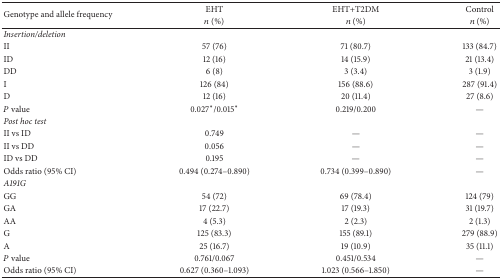
<table><thead><tr><td rowspan="2"><b>Genotype and allele frequency</b></td><td><b>EHT</b></td><td><b>EHT+T2DM</b></td><td><b>Control</b></td></tr><tr><td><b><i>n</i> (%)</b></td><td><b><i>n</i> (%)</b></td><td><b><i>n</i> (%)</b></td></tr></thead><tbody><tr><td><i>Insertion/deletion</i></td><td> </td><td> </td><td> </td></tr><tr><td>II</td><td>57 (76)</td><td>71 (80.7)</td><td>133 (84.7)</td></tr><tr><td>ID</td><td>12 (16)</td><td>14 (15.9)</td><td>21 (13.4)</td></tr><tr><td>DD</td><td>6 (8)</td><td>3 (3.4)</td><td>3 (1.9)</td></tr><tr><td>I</td><td>126 (84)</td><td>156 (88.6)</td><td>287 (91.4)</td></tr><tr><td>D</td><td>12 (16)</td><td>20 (11.4)</td><td>27 (8.6)</td></tr><tr><td><i>P</i> value </td><td>0.027<sup><i>∗</i></sup>/0.015<sup><i>∗</i></sup></td><td>0.219/0.200</td><td>—</td></tr><tr><td><i>Post hoc test</i></td><td> </td><td> </td><td> </td></tr><tr><td>II vs ID</td><td>0.749</td><td>—</td><td>—</td></tr><tr><td>II vs DD</td><td>0.056</td><td>—</td><td>—</td></tr><tr><td>ID vs DD</td><td>0.195</td><td>—</td><td>—</td></tr><tr><td>Odds ratio (95% CI)</td><td>0.494 (0.274–0.890)</td><td>0.734 (0.399–0.890)</td><td>—</td></tr><tr><td><i>A191G</i></td><td> </td><td> </td><td> </td></tr><tr><td>GG</td><td>54 (72)</td><td>69 (78.4)</td><td>124 (79)</td></tr><tr><td>GA</td><td>17 (22.7)</td><td>17 (19.3)</td><td>31 (19.7)</td></tr><tr><td>AA</td><td>4 (5.3)</td><td>2 (2.3)</td><td>2 (1.3)</td></tr><tr><td>G</td><td>125 (83.3)</td><td>155 (89.1)</td><td>279 (88.9)</td></tr><tr><td>A</td><td>25 (16.7)</td><td>19 (10.9)</td><td>35 (11.1)</td></tr><tr><td><i>P</i> value</td><td>0.761/0.067</td><td>0.451/0.534</td><td>—</td></tr><tr><td>Odds ratio (95% CI)</td><td>0.627 (0.360–1.093)</td><td>1.023 (0.566–1.850)</td><td>—</td></tr></tbody></table>